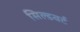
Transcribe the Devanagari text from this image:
सिल्डवर्ट